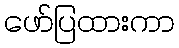
ဖော်ပြထားကာ